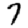
Digit: 7